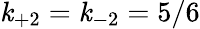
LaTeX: \mathit{k}_{+2}=\mathit{k}_{-2}=5/6